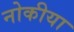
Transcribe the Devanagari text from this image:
नोकीया